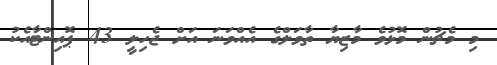
މި މެޗުން މޮޅުވެ މާޒިޔާ ތާވަލްގެ އެއްވަނަ އަށް ޖެހިލީ 43 ޕޮއިންޓާއެކު